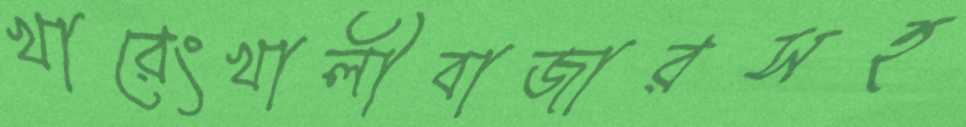
খারেংখালীবাজারসহ